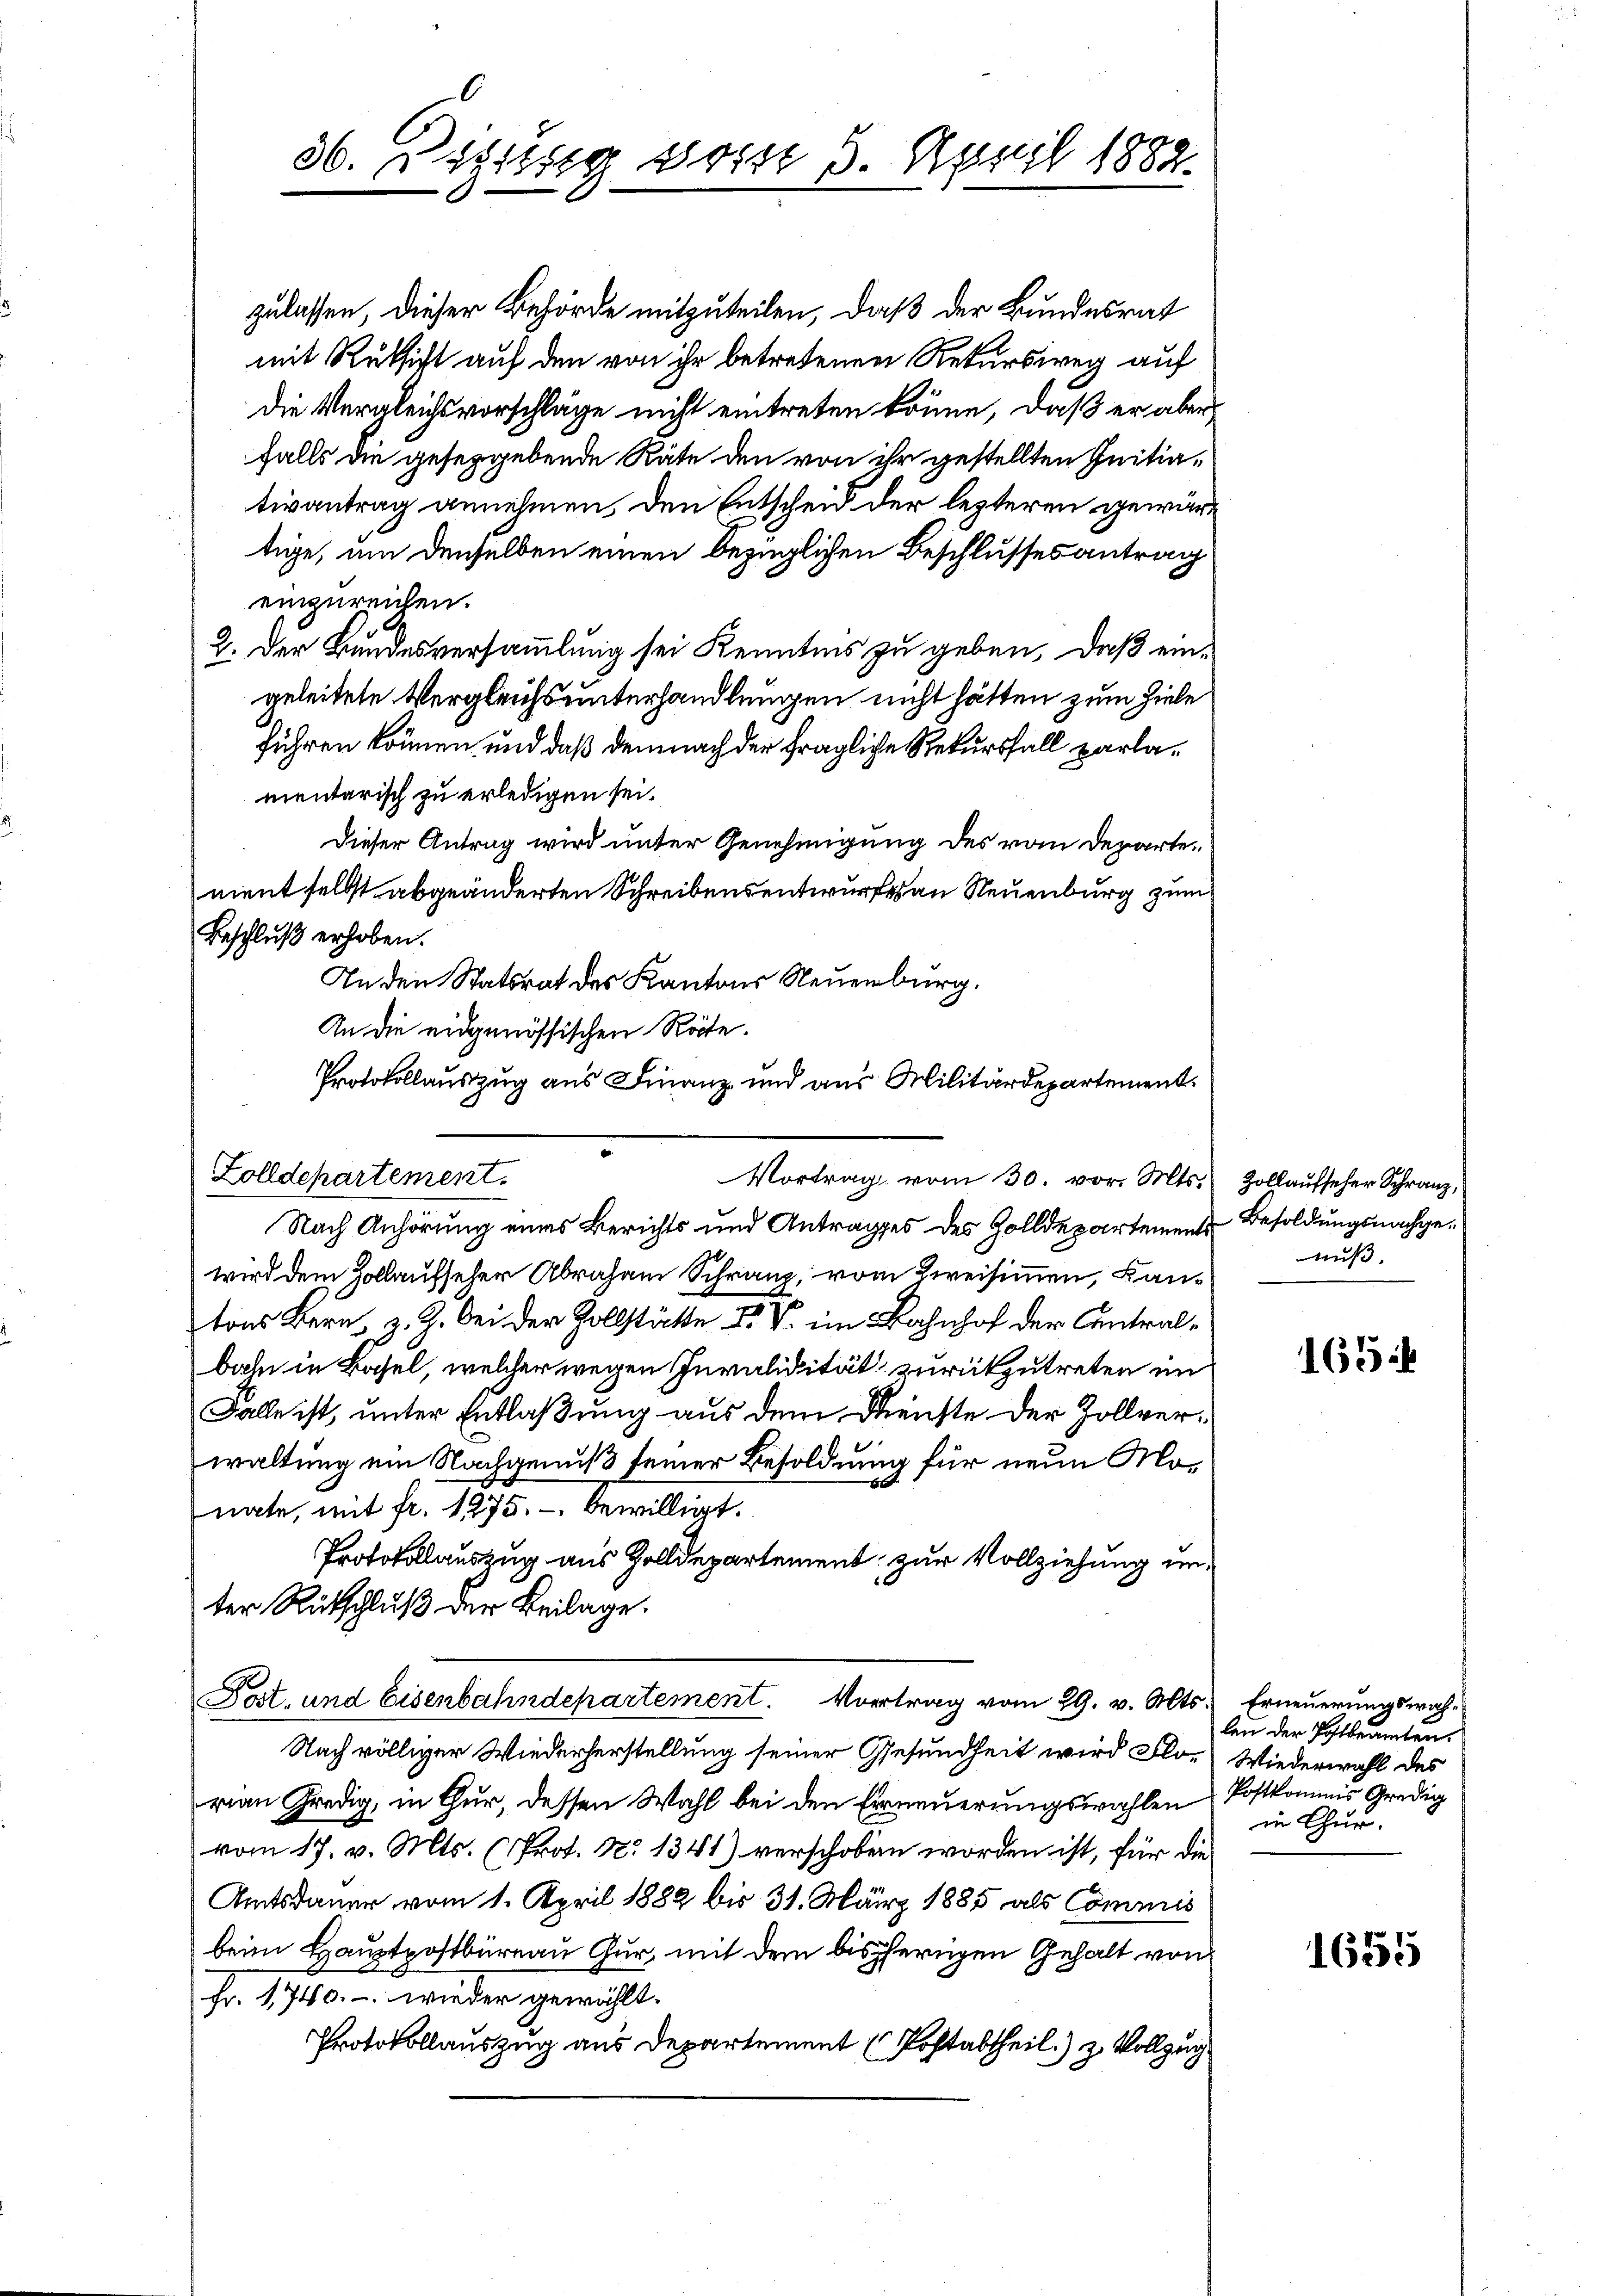
36. Diesig vom 5. April 1882.

zulassen, dieser Behörde mitzuteilen, daß der Bundesrat
mit Rüksicht auf den von ihr betretenen Rekursweg auf
Die Vergleichsvorschläge nicht eintreten könne, daß er aber
falls die geseggebende Räte den von ihr gestellten Initiativantrag annehmen, den Entscheid der lezteren gewärt
tige, um denselben einen bezüglichen Beschlusses antrag
einzureichen.
2. Der Bundesversammlung sei Kenntnis zu geben, daß eingeleitete Vergleichs unterhandlungen nicht hätten zum Ziele
führen können und daß demnach der fragliche Rekursfall parlamentarisch zu erledigen sei.
Dieser Antrag wird unter Genehmigung des vom Departenient selbst abgeänderten Schreibensentwurfes an Neuenburg zum
Beschluß erhoben.
In den Statsrat des Kantons Neuenburg.
An die eidgenössischen Röte.
Protokollauszug aus Finanz- und aus Militärdepartement

Zolldepartement.
Vortrag vom 30. vor. Mts. Zollaufseher Schranz,

Nach Anhörung eines Berichts und Antrages des Zolldepartement Besoldungsnachgewird dem Zollaufseher Abraham Schranz, vom Kreisimmen, Lantons Bern, z. Z. bei der Zollstätte F. V. im Bahnhof der Antralbahn in Basel, welcher wegen Invalidität zurückzutreten in
Falle ist, unter Entlaßung aus dem Reichte der Zollverwaltung ein Nachgenuß seiner Besoldung für neue Monate, mit fr. 1275. bewilligt.
Protokollauszug aus Zolldepartement zur Vollziehung unter Rückschluß der Beilage.
Post. und Eisenbahndepartement. Vortrag vom 29. v. Mts. Erneuerungswah¬
Nach völliger Wiederherstellung seiner Gesundheit wird Flo- Wiederwahl des
rian Predig, in Chur, dessen Wahl bei den Erneuerungswahlen Postkommis Gredig
vom 17. v. Mts. (Prot. N. 1341) verschoben worden ist, für die
Amtsdauer vom 1. April 1882 bis 31. März 1885 als Commis
beim Hauptpostbureau Gur, mit dem bisherigen Gehalt von
fr. 1740.- wieder gewählt.
Protokollauszug aus Departement (Postabtheil) z. Vollzug

nuß.

165

len der Postbeamten.
in Chur.

1655